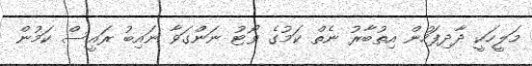
މަލީހަކީ ދާދިފަހުން އިތުބާރު ނެތް ކަމުގެ ވޯޓު ނަންގަވާ ނައިބު ރައީސް ކަމުން